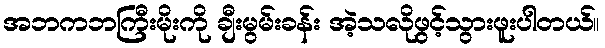
အဘကဘကြီးမိုးကို ချီးမွမ်းခန်း အဲ့သလိုဖွင့်သွားဖူးပါတယ်။